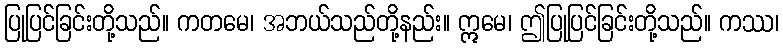
ပြုပြင်ခြင်းတို့သည်။ ကတမေ၊ အဘယ်သည်တို့နည်း။ ဣမေ၊ ဤပြုပြင်ခြင်းတို့သည်။ ကဿ၊